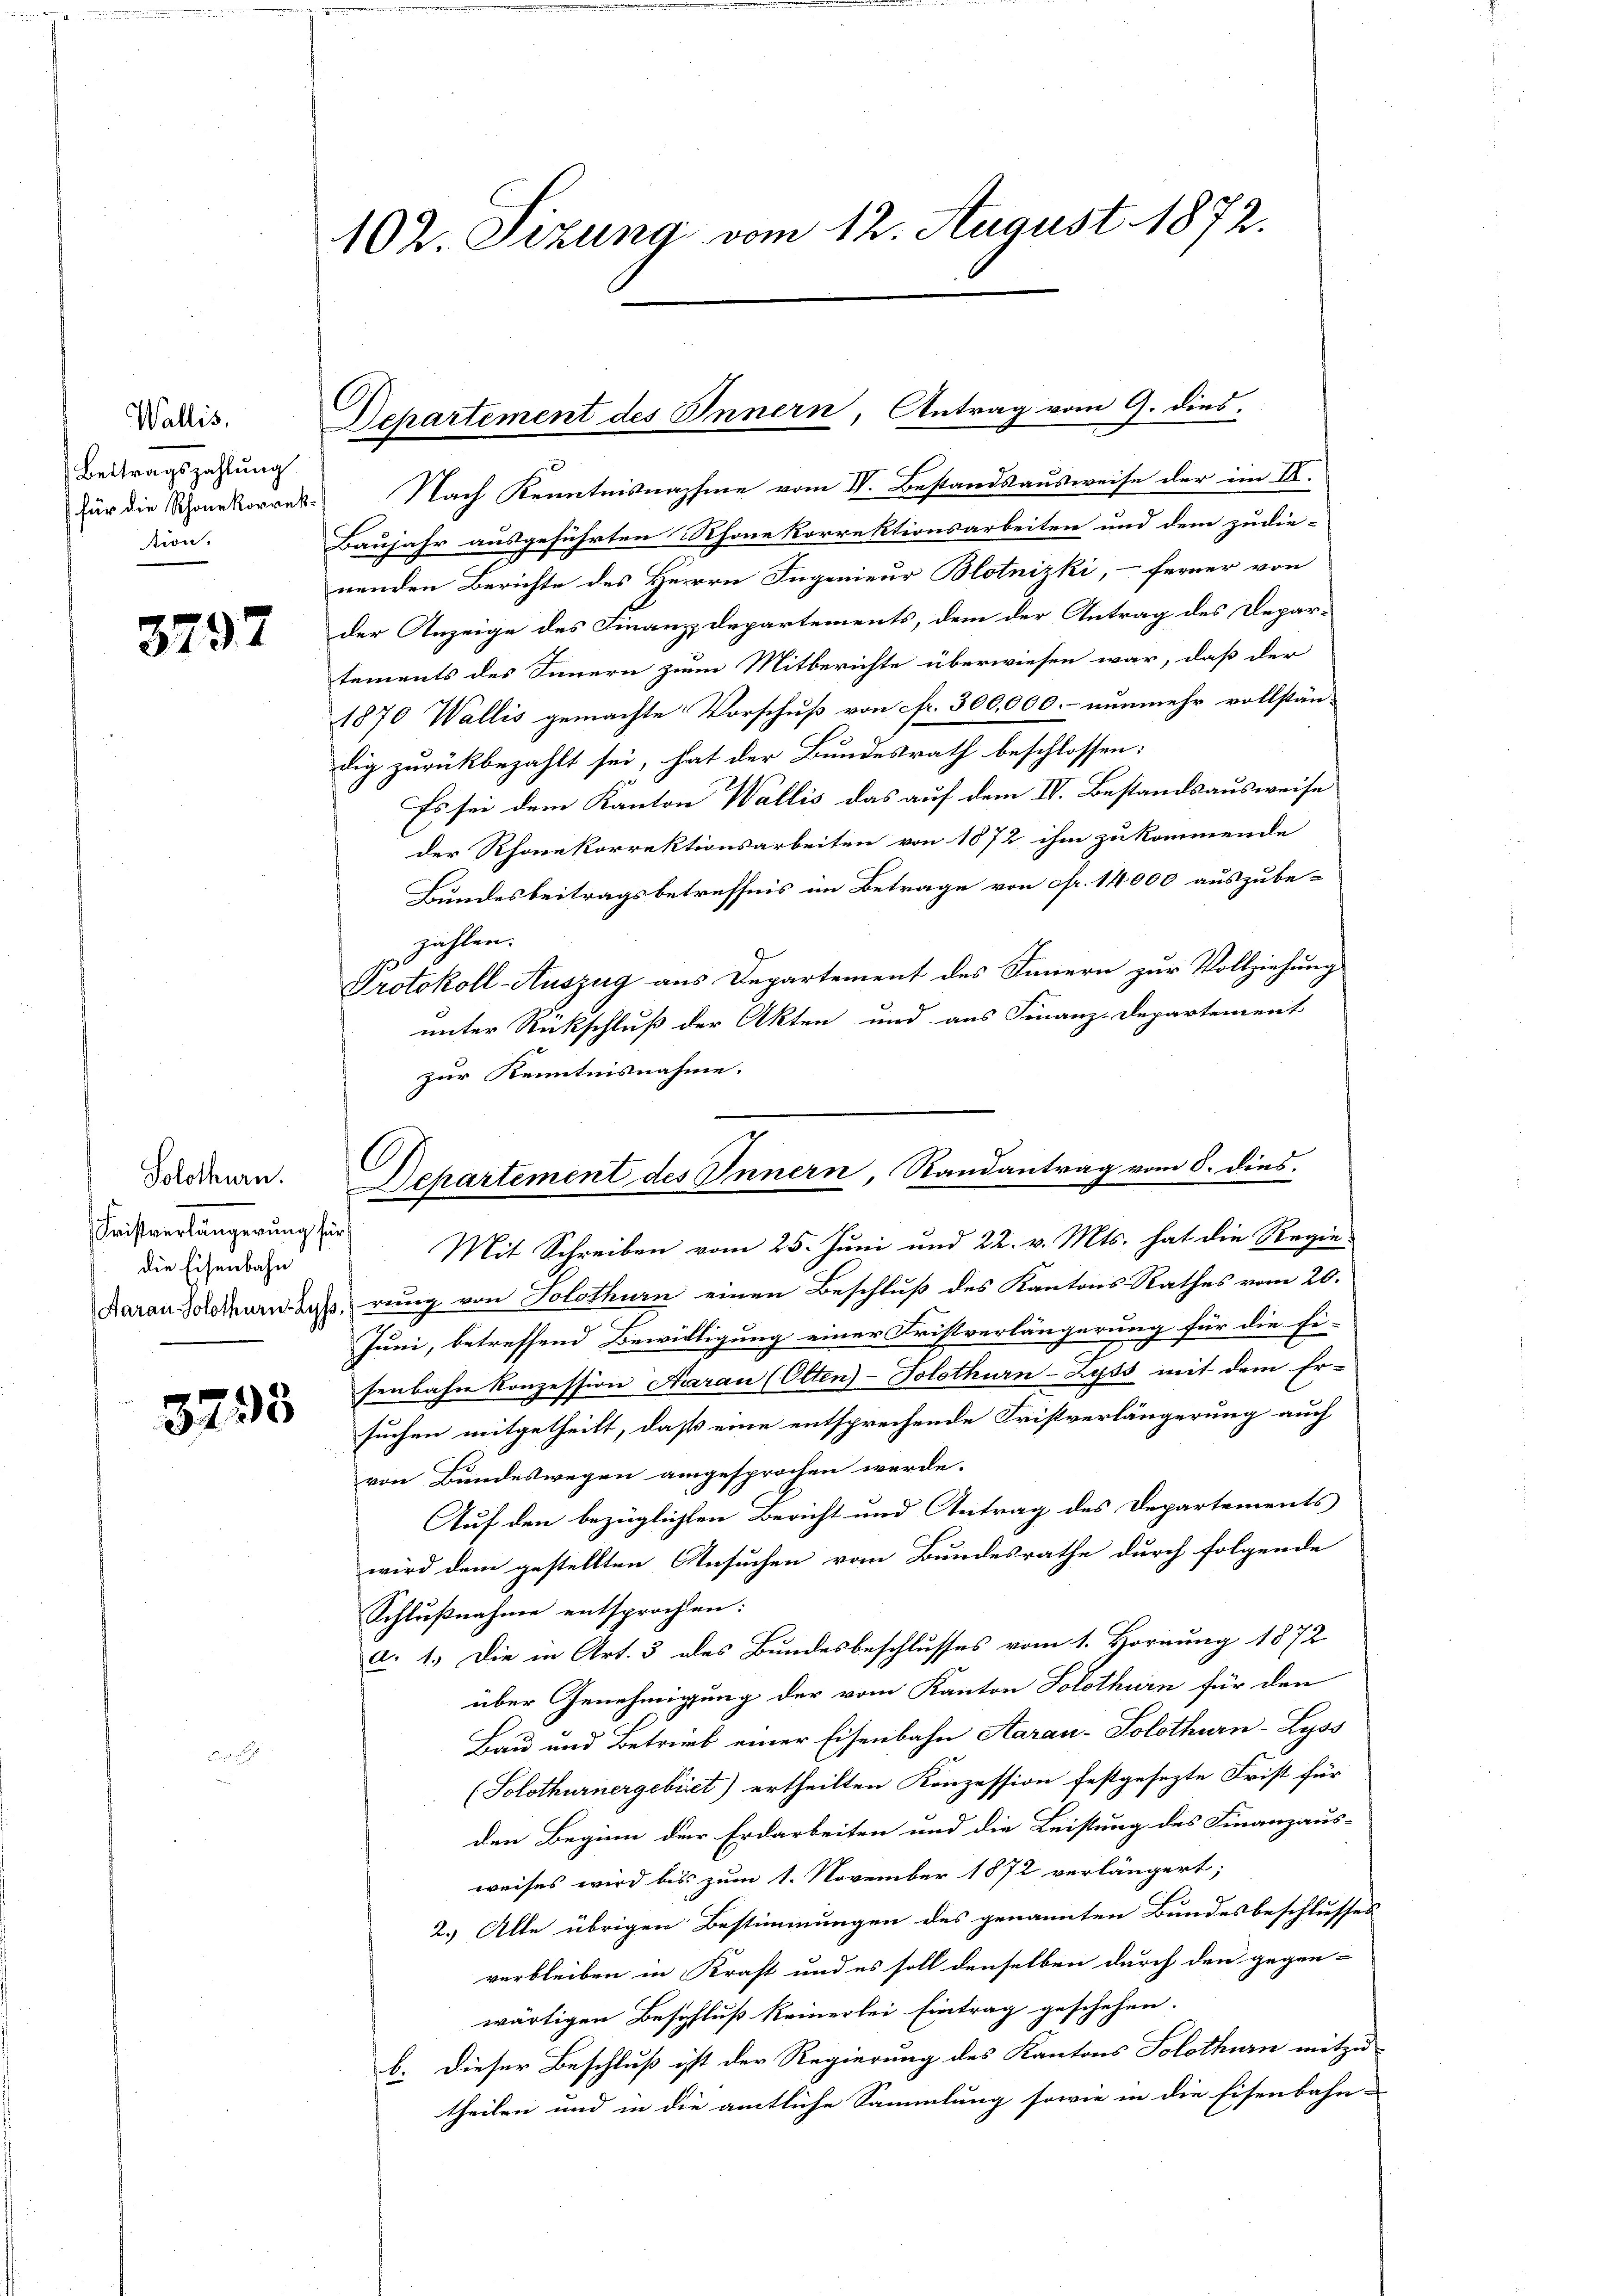
Wallis,
Beitragszahlung
für die Schonekorrek
tion.

3797

Solothurn.
Fristverlängerung für
die Eisenbahn

3235

102. Sizung vom 12. August 1872.

Departement des Innern, Antrag vom 9. dies

Nach Kenntnisnahme vom IV. Bestandsausweise der im II.
Baujahr ausgeführten Thonekorrektionsarbeiten und dem zudie-
nenden Berichte des Herrn Ingenieur Blotnizki, – ferner von
der Anzeige des Finanzdepartements, dem der Antrag des Departements des Innern zum Mitberichte überwiesen war, daß der
1870 Wallis gemachte Vorschuß von Fr. 300,000.- nunmehr vollstän-
dig zurückbezahlt sei, hat der Bundesrath beschlossen:
Es sei dem Kanton Wallis das auf dem IV. Bestandsausweise
der Rhonekorrektionsarbeiten von 1872 ihm zu kommende
Bundesbeitragsbetreffnis im Betrage von cfr. 14000 auszubezahlen.
Protokoll-Auszug aus Departement des Innern zur Vollziehung
unter Rückschluß der Akten und aus Finanz-Departement
zur Kenntnisnahme.
Raron Solothurn das rung von Solothurn einen Beschluß des Kantons Rathes vom 20.
Juni, betreffend Bewilligung einer Fristverlängerung für die Fi-
senbahn konzession Aarau (Olten-Solothurn-Zyts mit dem Er-
suchen mitgetheilt, daß eine entsprechende Fristverlängerung auch
von Bundeswegen angesprochen werde.
Auf den bezüglichten Bericht und Antrag des Departements
wird dem gestellten Ansuchen vom Bundesrathe durch folgende
Schlußnahme entsprochen:
a. 1. Die in Art. 3 des Bundesbeschlusses vom 1. Hornung 1872
über Genehmigung der vom Kanton Solothurn für den
Bau und Betrieb einer Eisenbahn Aarau - Solothurn-Lyss
(Solothurnergebiet) ertheilten Konzession festgesezte Frist für
den Beginn der Erdarbeiten und die Leistung des Finanzaus-
weises wird bis zum 1. November 1872 verlängert;
2.) Alle übrigen Bestimmungen des genannten Bundesbeschlusses
verbleiben in Kraft und es soll denselben durch den gegen-
wärtigen Beschluß keinerlei Eintrag geschehen.
b. Dieser Beschluß ist der Regierung des Kantons Solothurn mitzutheilen und in die amtliche Sammlung sowie in die Eisenbahn-

Dehartement des Innern Randantrag vom 8. dies.
Mit Schreiben vom 25. Juni und 22. v. Mts. hat die Regie-